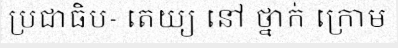
ប្រជាធិប- តេយ្យ នៅ ថ្នាក់ ក្រោម